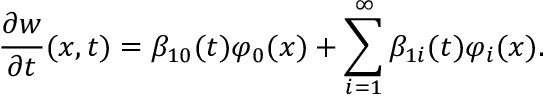
\frac { \partial w } { \partial t } ( x , t ) = \beta _ { 1 0 } ( t ) \varphi _ { 0 } ( x ) + \sum _ { i = 1 } ^ { \infty } \beta _ { 1 i } ( t ) \varphi _ { i } ( x ) .